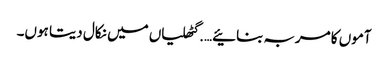
آموں کا مربہ بنائیے….گٹھلیاں میں نکال دیتا ہوں۔